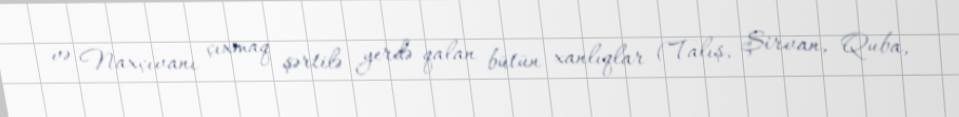
və Naxçıvanı çıxmaq şərtilə yerdə qalan bütün xanlıqlar (Talış, Şirvan, Quba,